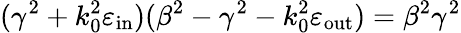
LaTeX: (\gamma^{2}+k_{0}^{2}\varepsilon_{\mathrm{in}})(\beta^{2}-\gamma^{2}-k_{0}^{2}\varepsilon_{\mathrm{out}})=\beta^{2}\gamma^{2}